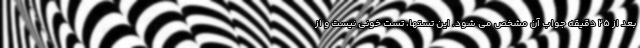
بعد از ۲۵ دقیقه جواب آن مشخص می شود. این تستها، تست خونی نیست و از